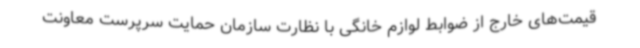
قیمت‌های خارج از ضوابط لوازم خانگی با نظارت سازمان حمایت سرپرست معاونت